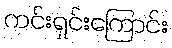
ကင်းရှင်းကြောင်း